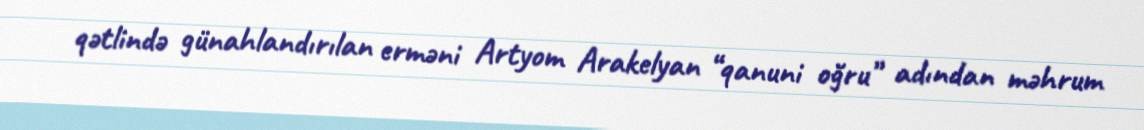
qətlində günahlandırılan erməni Artyom Arakelyan “qanuni oğru” adından məhrum